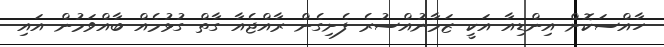
ހާއްސަކޮށް އިންޑިއާ އަކީ ޒަމާނުއްސުރެ ފެށިގެން ރާއްޖެއާ ގާތް ގުޅުމެއް ބާއްވަމުން އައި